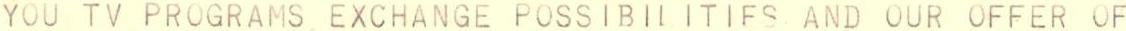
YOU TV PROGRAMSEXCHANGE POSSIBILITIFS.AND OUR OFFER OF